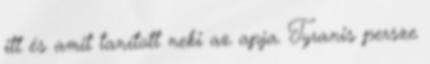
itt és amit tanított neki az apja. Tyranis persze